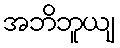
အဘိဘူယျ